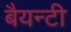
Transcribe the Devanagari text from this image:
बैयन्टी